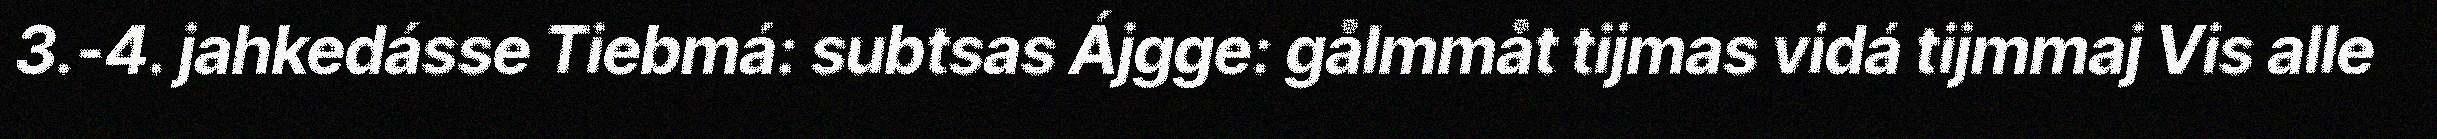
3.-4. jahkedásse Tiebmá: subtsas Ájgge: gålmmåt tijmas vidá tijmmaj Vis alle